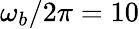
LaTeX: \omega_{b}/2\pi=10